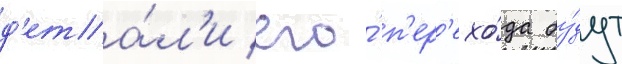
д'ета́л'и его́ п'ер'ехо́да бу́дут